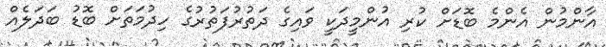
އާންމުން އެންމެ ބޮޑަށް ކުރި އުންމީދަކީ ވައިގެ ދަތުރުފަތުރުގެ ހިދުމަތަށް ބޮޑު ބަދަލެއް